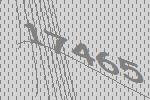
17465